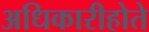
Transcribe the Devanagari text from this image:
अधिकारीहोते